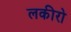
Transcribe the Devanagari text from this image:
लकीरो